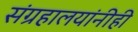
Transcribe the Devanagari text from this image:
संग्रहालयांनीही